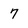
Character: 7